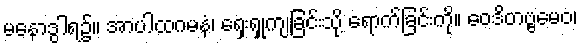
မနောဒွါရ၌။ အာပါထဂမနံ၊ ရှေးရှုကျခြင်းသို့ ရောက်ခြင်းကို။ ဝေဒိတဗ္ဗမေဝ၊